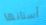
أسنانها